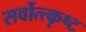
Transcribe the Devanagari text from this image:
सर्वोत्त्कृष्ट